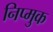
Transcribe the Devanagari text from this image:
निप्मुक